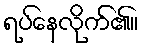
ရပ်နေလိုက်၏။